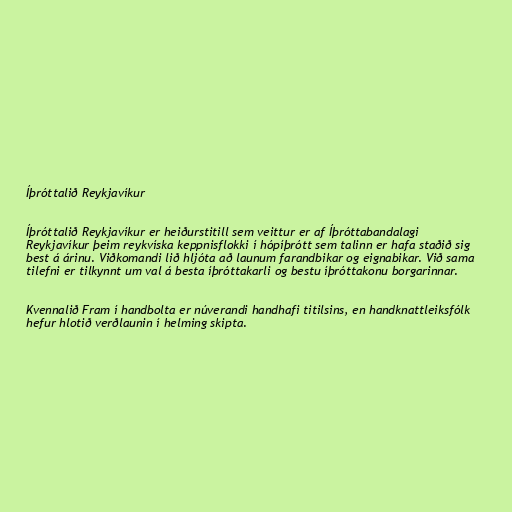
Íþróttalið Reykjavíkur

Íþróttalið Reykjavíkur er heiðurstitill sem veittur er af Íþróttabandalagi
Reykjavíkur þeim reykvíska keppnisflokki í hópíþrótt sem talinn er hafa staðið sig
best á árinu. Viðkomandi lið hljóta að launum farandbikar og eignabikar. Við sama
tilefni er tilkynnt um val á besta íþróttakarli og bestu íþróttakonu borgarinnar.

Kvennalið Fram í handbolta er núverandi handhafi titilsins, en handknattleiksfólk
hefur hlotið verðlaunin í helming skipta.